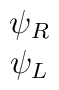
\begin{array}{c} \psi_{R}\\ \psi_{L}\end{array}